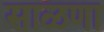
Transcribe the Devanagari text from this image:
साळणा